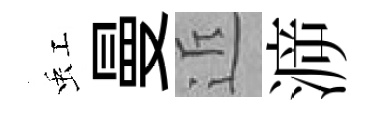
虹曼近㴑